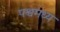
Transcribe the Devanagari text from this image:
पश्वमध्य